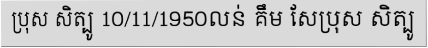
ប្រុស សិត្បូ 10/11/1950លន់ គឹម សែប្រុស សិត្បូ